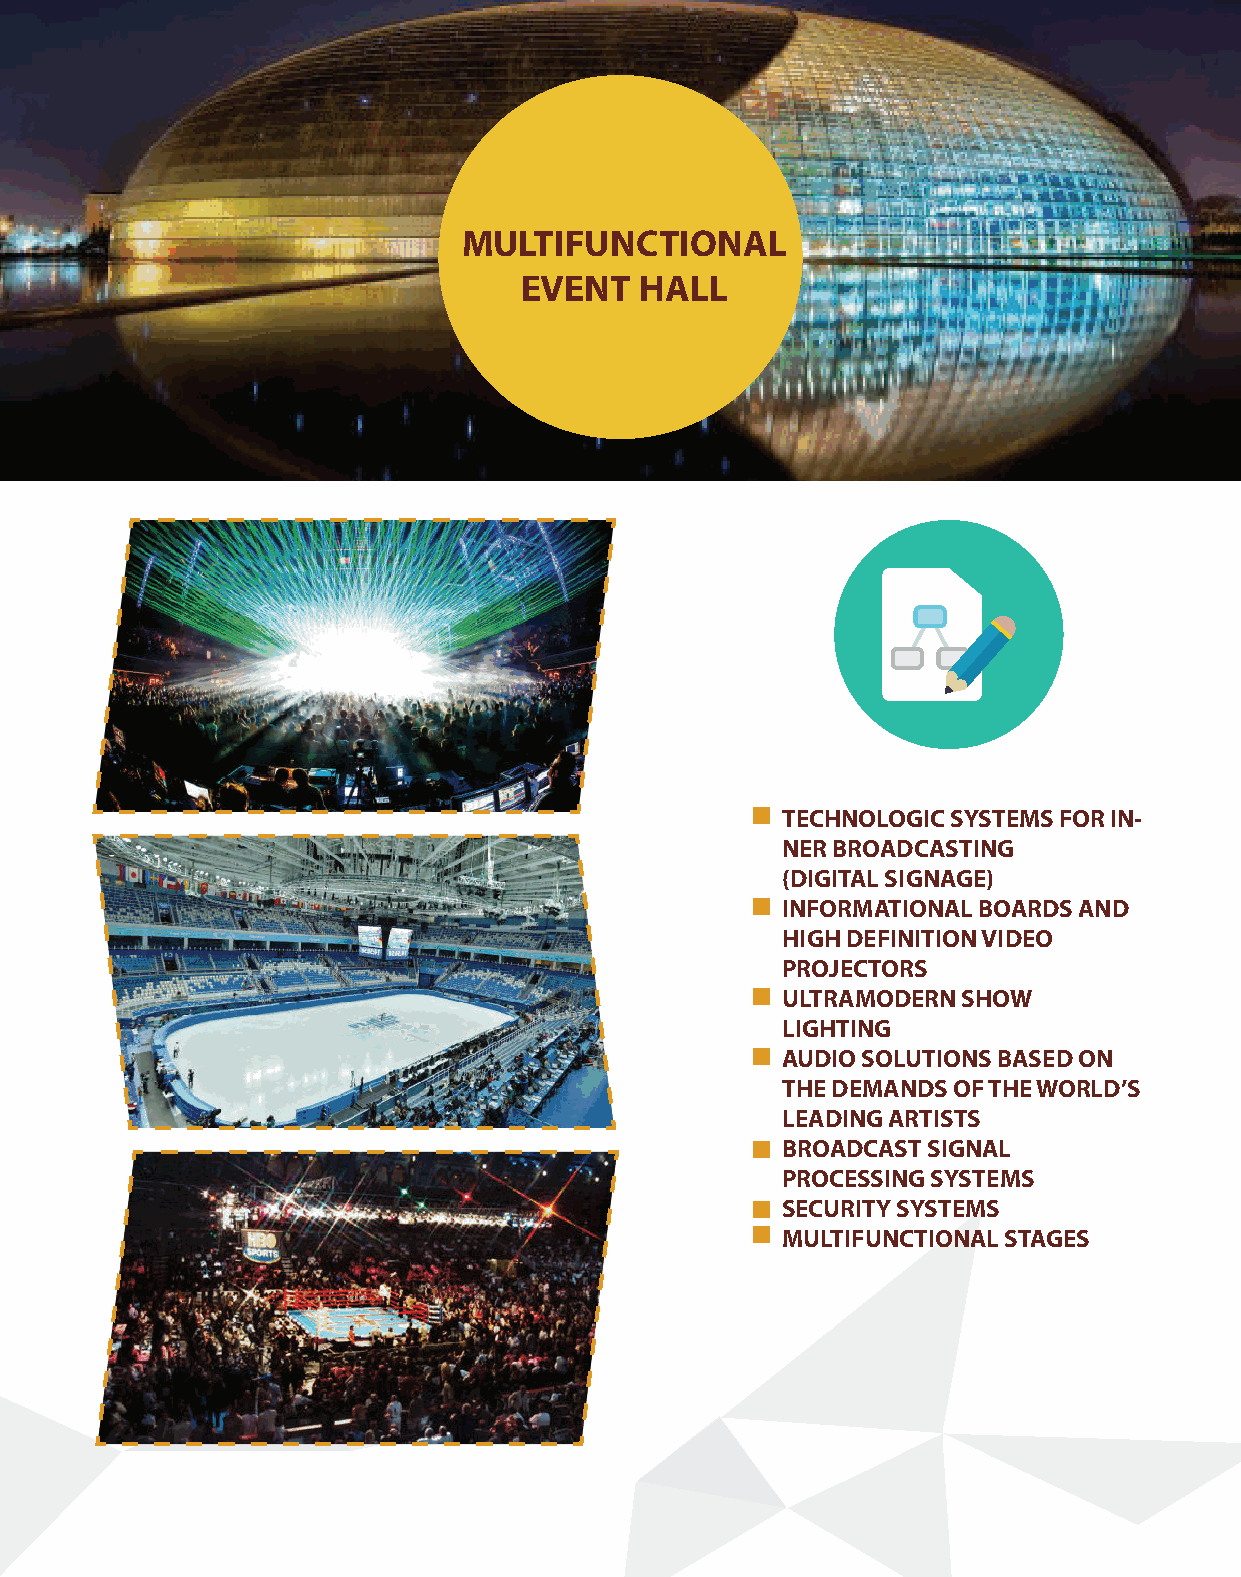
MULTIFUNCTIONAL
 EVENT   HALL
 TECHNOLOGIC SYSTEMS FOR IN-
 NER BROADCASTING
 (DIGITAL SIGNAGE)
 INFORMATIONAL BOARDS AND
 HIGH DEFINITION VIDEO
 PROJECTORS
 ULTRAMODERN SHOW
 LIGHTING
 AUDIO SOLUTIONS BASED ON
 THE DEMANDS OF THE WORLD’S
 LEADING ARTISTS
 BROADCAST SIGNAL
 PROCESSING SYSTEMS
 SECURITY SYSTEMS
 MULTIFUNCTIONAL STAGES